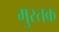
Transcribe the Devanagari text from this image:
मुस्तक